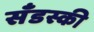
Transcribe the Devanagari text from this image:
सँडस्की